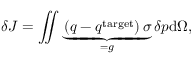
\delta J = \iint \underbrace { \left( q - q ^ { \mathrm { t a r g e t } } \right) \sigma } _ { = g } \delta p \mathrm d \Omega ,